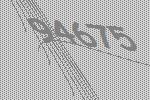
94675